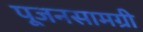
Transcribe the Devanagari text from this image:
पूजनसामग्री